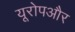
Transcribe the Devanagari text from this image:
यूरोपऔर